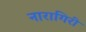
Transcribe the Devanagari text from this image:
नारागिरी